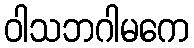
ဝါသဘဂါမကေ